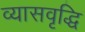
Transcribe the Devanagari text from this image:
व्यासवृद्धि